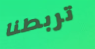
تربطنا